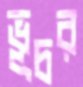
ভূচর